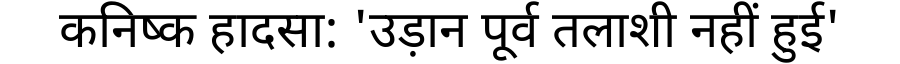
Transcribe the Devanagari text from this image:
कनिष्क हादसा: 'उड़ान पूर्व तलाशी नहीं हुई'